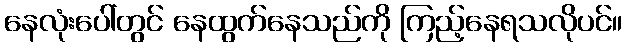
နေလုံးပေါ်တွင် နေထွက်နေသည်ကို ကြည့်နေရသလိုပင်။